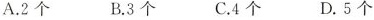
A.2个 B.3个 C.4个 D.5个